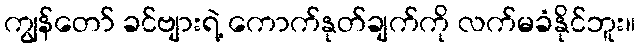
ကျွန်တော် ခင်ဗျားရဲ့ ကောက်နုတ်ချက်ကို လက်မခံနိုင်ဘူး။